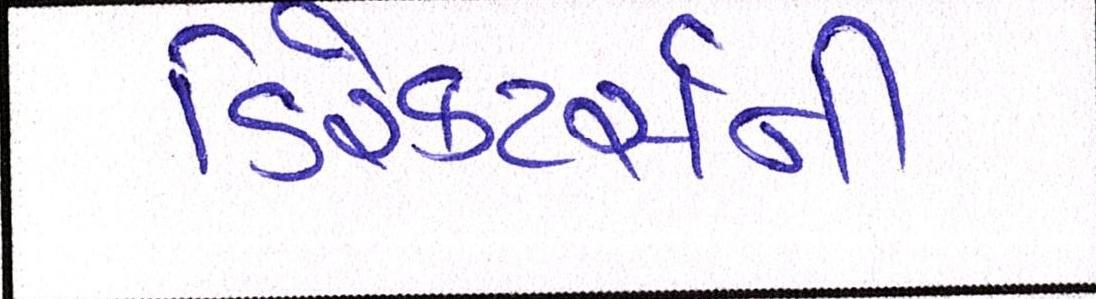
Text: ડિરેક્ટર્સની